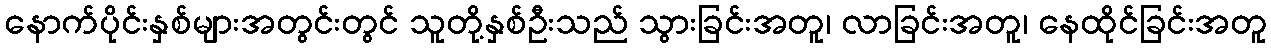
နောက်ပိုင်းနှစ်များအတွင်းတွင် သူတို့နှစ်ဦးသည် သွားခြင်းအတူ၊ လာခြင်းအတူ၊ နေထိုင်ခြင်းအတူ